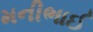
મનીભાઈ